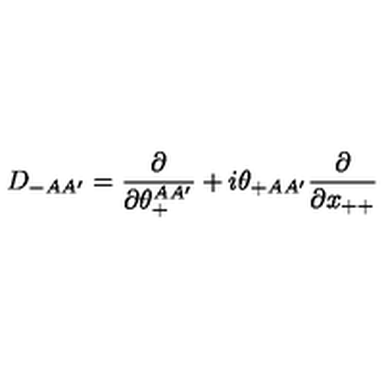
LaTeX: D _ { - A A ^ { \prime } } = { \frac { \partial } { \partial \theta _ { + } ^ { A A ^ { \prime } } } } + i \theta _ { + A A ^ { \prime } } { \frac { \partial } { \partial x _ { + + } } }